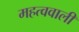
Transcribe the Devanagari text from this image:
महत्ववाली